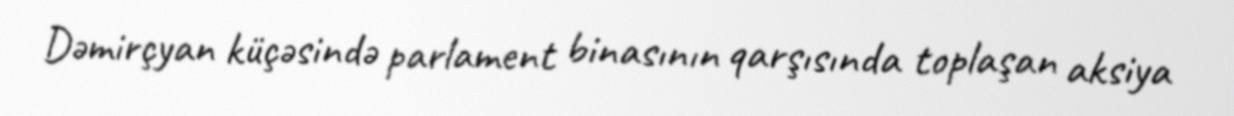
Dəmirçyan küçəsində parlament binasının qarşısında toplaşan aksiya